Report of the Municipal Commissioner on the plague in Bombay for the year ending 31st May... - Volume 2
Disease focus: Plague
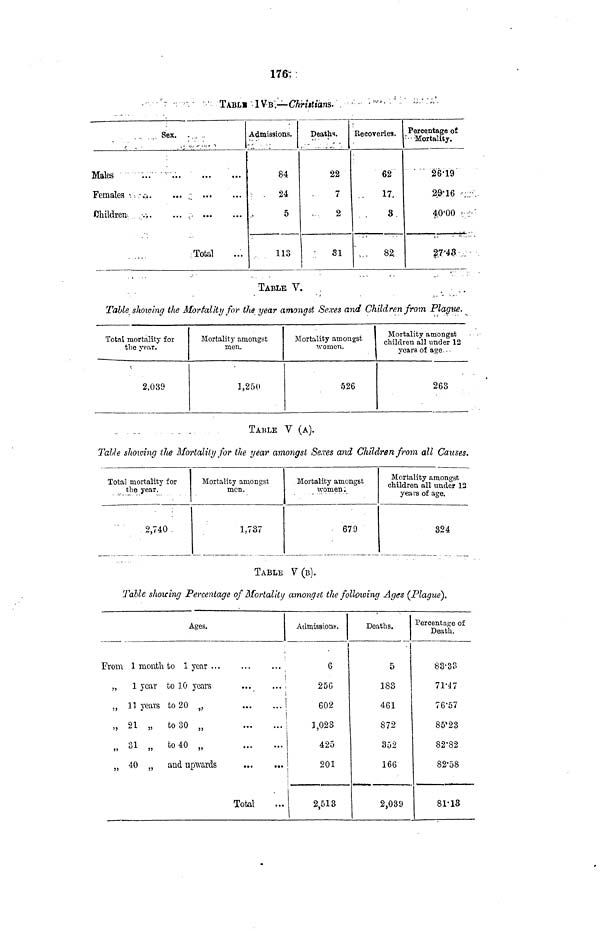
176:
TABLH '• 1V B ,~ Chriitians.
Sex.
Males
...
•
Females <. .-,-;.
... .;
Children. •.-,.
... ,.
Total
Admissions.
84
• .
24
5
113
Deaths.
22
7
2
31
i
Recoveries.
62
17,
3
.
82.
Percentage of
' • - Mortality.
'
26-19
2-9-16
4,0'00
2,7-43
TABLE V.
Table showing the Mortality for the mar amonast Sexes and Children from Plague.
Total mortality for
the year.
2,039
Mortality amongst
men.
1,250
Mortality amongst
\vorncn.
526
Mortality amongst
children all under 12
years of age.-.
263
TABLE V (A).
Table showing the Mortality for the year amongst Se.ves and Children from all Cazises.
Total mortality for
the year.
2,740 ,
Mortality amongst
men.
1,737
Mortality amongst
\vomen :
679
Mortality amongst
children all under 12
years of age.
324
TABLE V (B).
Table showing Percentage of Mortality amongst the following Ages (Plague).
Ages.
I'rom 1 month to 1 year ...
Admissions
i
6
„
1 year to 10 years
...
... \
25G
i
„ 11 years to 20 „
„ 21 „
to 30 „
„ 31 „ to 40 „
„ 40 „ and upwards
Total
602
3,028
425
201
2,513
Deaths.
5
183
461
872
352
166
2,039
Percentage of
Death.
83-33
71*47
76-57
85'23
82-82
82-58
81-13